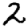
Digit: 2